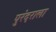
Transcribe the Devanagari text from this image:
पुरंदराला